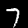
Label: 7